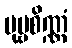
ပုဗ္ဗစိဏ္ဏံ